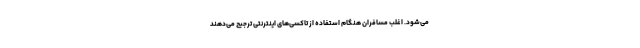
می‌شود. اغلب مسافران هنگام استفاده از تاکسی‌های اینترنتی ترجیح می‌دهند